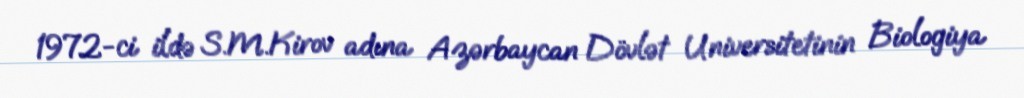
1972-ci ildə S.M.Kirov adına Azərbaycan Dövlət Universitetinin Biologiya